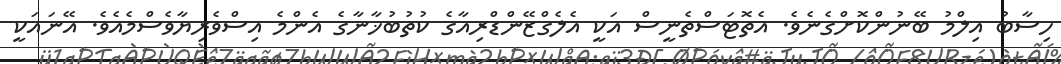
ހިސާބު އިލްމު ބޭނުންކޮށްގެނެވެ. އެތޮޓަސްތެނީސް އަކީ އެލެގްޒޭންޑްރިއާގެ ކުތުބުޚާނާގެ އެންމެ އިސްވެރިޔާވެސްމެއެވެ. އޭނައަކީ